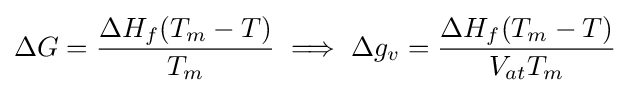
\Delta G={\frac {\Delta H_{f}(T_{m}-T)}{T_{m}}}\implies \Delta g_{v}={\frac {\Delta H_{f}(T_{m}-T)}{V_{at}T_{m}}}